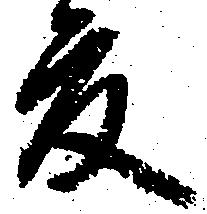
夏